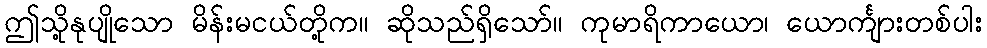
ဤသို့နုပျိုသော မိန်းမငယ်တို့က။ ဆိုသည်ရှိသော်။ ကုမာရိကာယော၊ ယောင်္ကျားတစ်ပါး